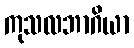
ကုသလဘာဂိယာ